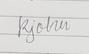
Signature authenticity: genuine